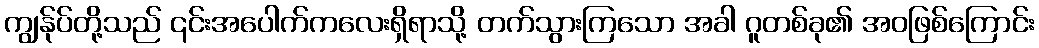
ကျွန်ုပ်တို့သည် ၎င်းအပေါက်ကလေးရှိရာသို့ တက်သွားကြသော အခါ ဂူတစ်ခု၏ အဝဖြစ်ကြောင်း